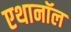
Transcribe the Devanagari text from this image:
एथानॉल